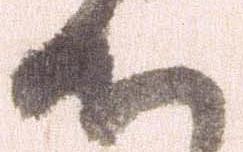
ん